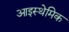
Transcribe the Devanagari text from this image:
आइस्थेमिक